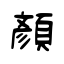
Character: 顏